Report of the Imperial Institute of Veterinary Research, Muktesar
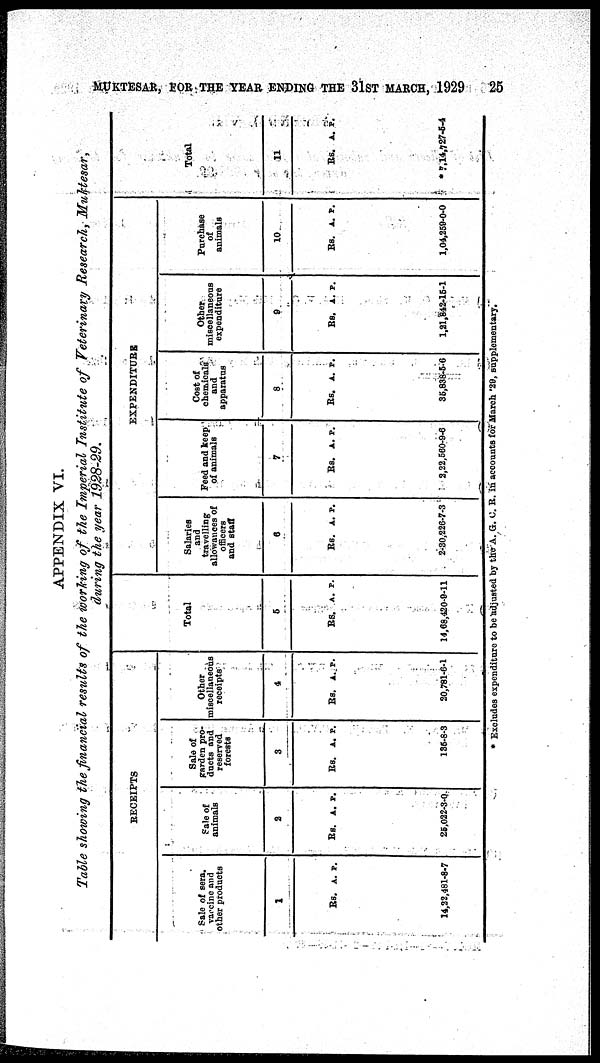
MUKTESAR, FOR THE YEAR ENDING THE 31ST MARCH, 1929
25
APPENDIX VI.
Table showing the financial results of the working of the Imperial Institute of Veterinary Research, Muktesar,
during the year 1928-29.
RECEIPTS
Sale of sera. vaccine and
other products
1
Rs. A. P.
14,22,481-8-7
Sale of animals
2
Rs. A. P.
25,022-3-0
Sale of garden pro-
ducts and reserved
forests
3
Rs. A. P.
135-8-3
Other miscellaneous
receipts
4
Rs. A. P.
20,781-6-1
Total
5
Rs. A. P.
14,68,420-9-11
EXPENDITURE
Salaries
and
travelling
allowance of officers
and staff
6
Rs. A. P.
2-30,226-7-3
Feed and keep
of animals
7
Rs. A. P.
2,22,560-9-6
Cost of chemicals and apparatus
8
Rs. A. P.
35,838-5-6
Other miscellaneous
expenditure
9
Rs. A. P.
1,21,842-15-1
Purchase
of
animals
10
Rs. A. P.
1,04,259-0-0
Total
11
Rs. A. P.
* 7,14,727-5-4
* Excludes expenditure to be adjusted by the A. G. C. R. in accounts for March 29, supplementary.